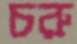
চরু